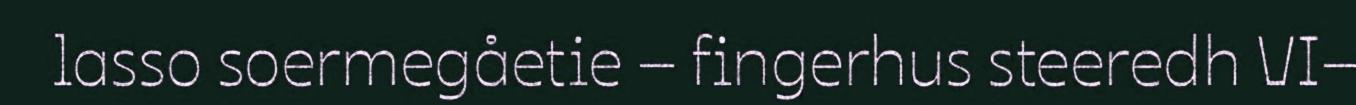
lasso soermegåetie – fingerhus steeredh VI–